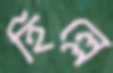
হিল্লে